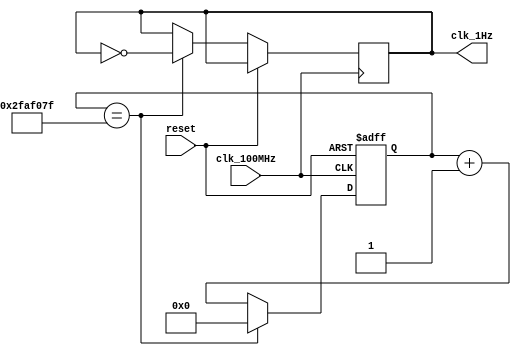
module oneHz_gen(
    input clk_100MHz,
    input reset,
    output clk_1Hz
);
    reg clk_1Hz_reg = 0;
    reg [25:0] counter_reg;

    always @(posedge clk_100MHz or posedge reset) begin
        if (reset)
            counter_reg <= 0;
        else
            if (counter_reg == 49_999_999) begin
                counter_reg <= 0;
                clk_1Hz_reg <= ~clk_1Hz_reg;
            end
            else 
                counter_reg <= counter_reg + 1;
    end

    assign clk_1Hz = clk_1Hz_reg;
endmodule